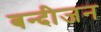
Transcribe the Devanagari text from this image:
बन्दीजन